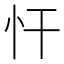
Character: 忓